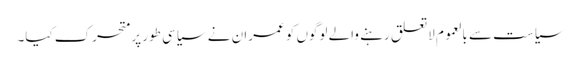
سیاست سے بالعموم لاتعلق رہنے والے لوگوں کو عمران نے سیاسی طور پر متحرک کیا۔